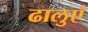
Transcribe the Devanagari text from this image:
ढालुएं